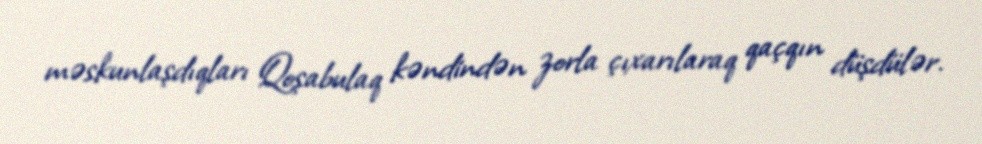
məskunlaşdıqları Qoşabulaq kəndindən zorla çıxarılaraq qaçqın düşdülər.